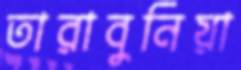
তারাবুনিয়া